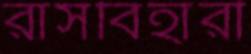
রাসবিহারী